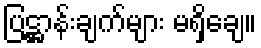
ပြဋ္ဌာန်းချက်များ မရှိချေ။